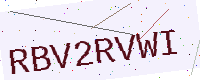
Text: RBV2RVWI